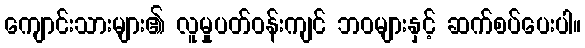
ကျောင်းသားများ၏ လူမှုပတ်ဝန်းကျင် ဘဝများနှင့် ဆက်စပ်ပေးပါ။